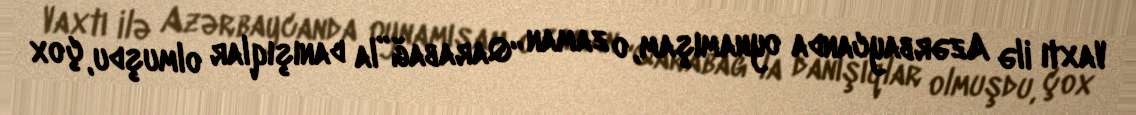
Vaxtı ilə Azərbaycanda oynamışam, o zaman “Qarabağ”la danışıqlar olmuşdu, çox